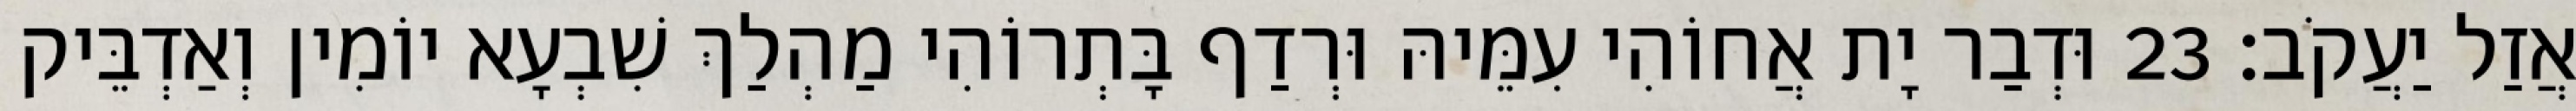
אֲזַל יַעֲקֹב׃ 23 וּדְבַר יָת אֲחוֹהִי עִמֵּיהּ וּרְדַף בָּתְרוֹהִי מַהְלַךְ שִׁבְעָא יוֹמִין וְאַדְבֵּיק